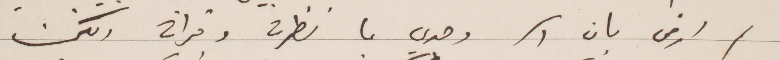
لم ارض بان وحدي ما نظرته وقراته الكن